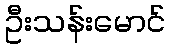
ဦးသန်းမောင်